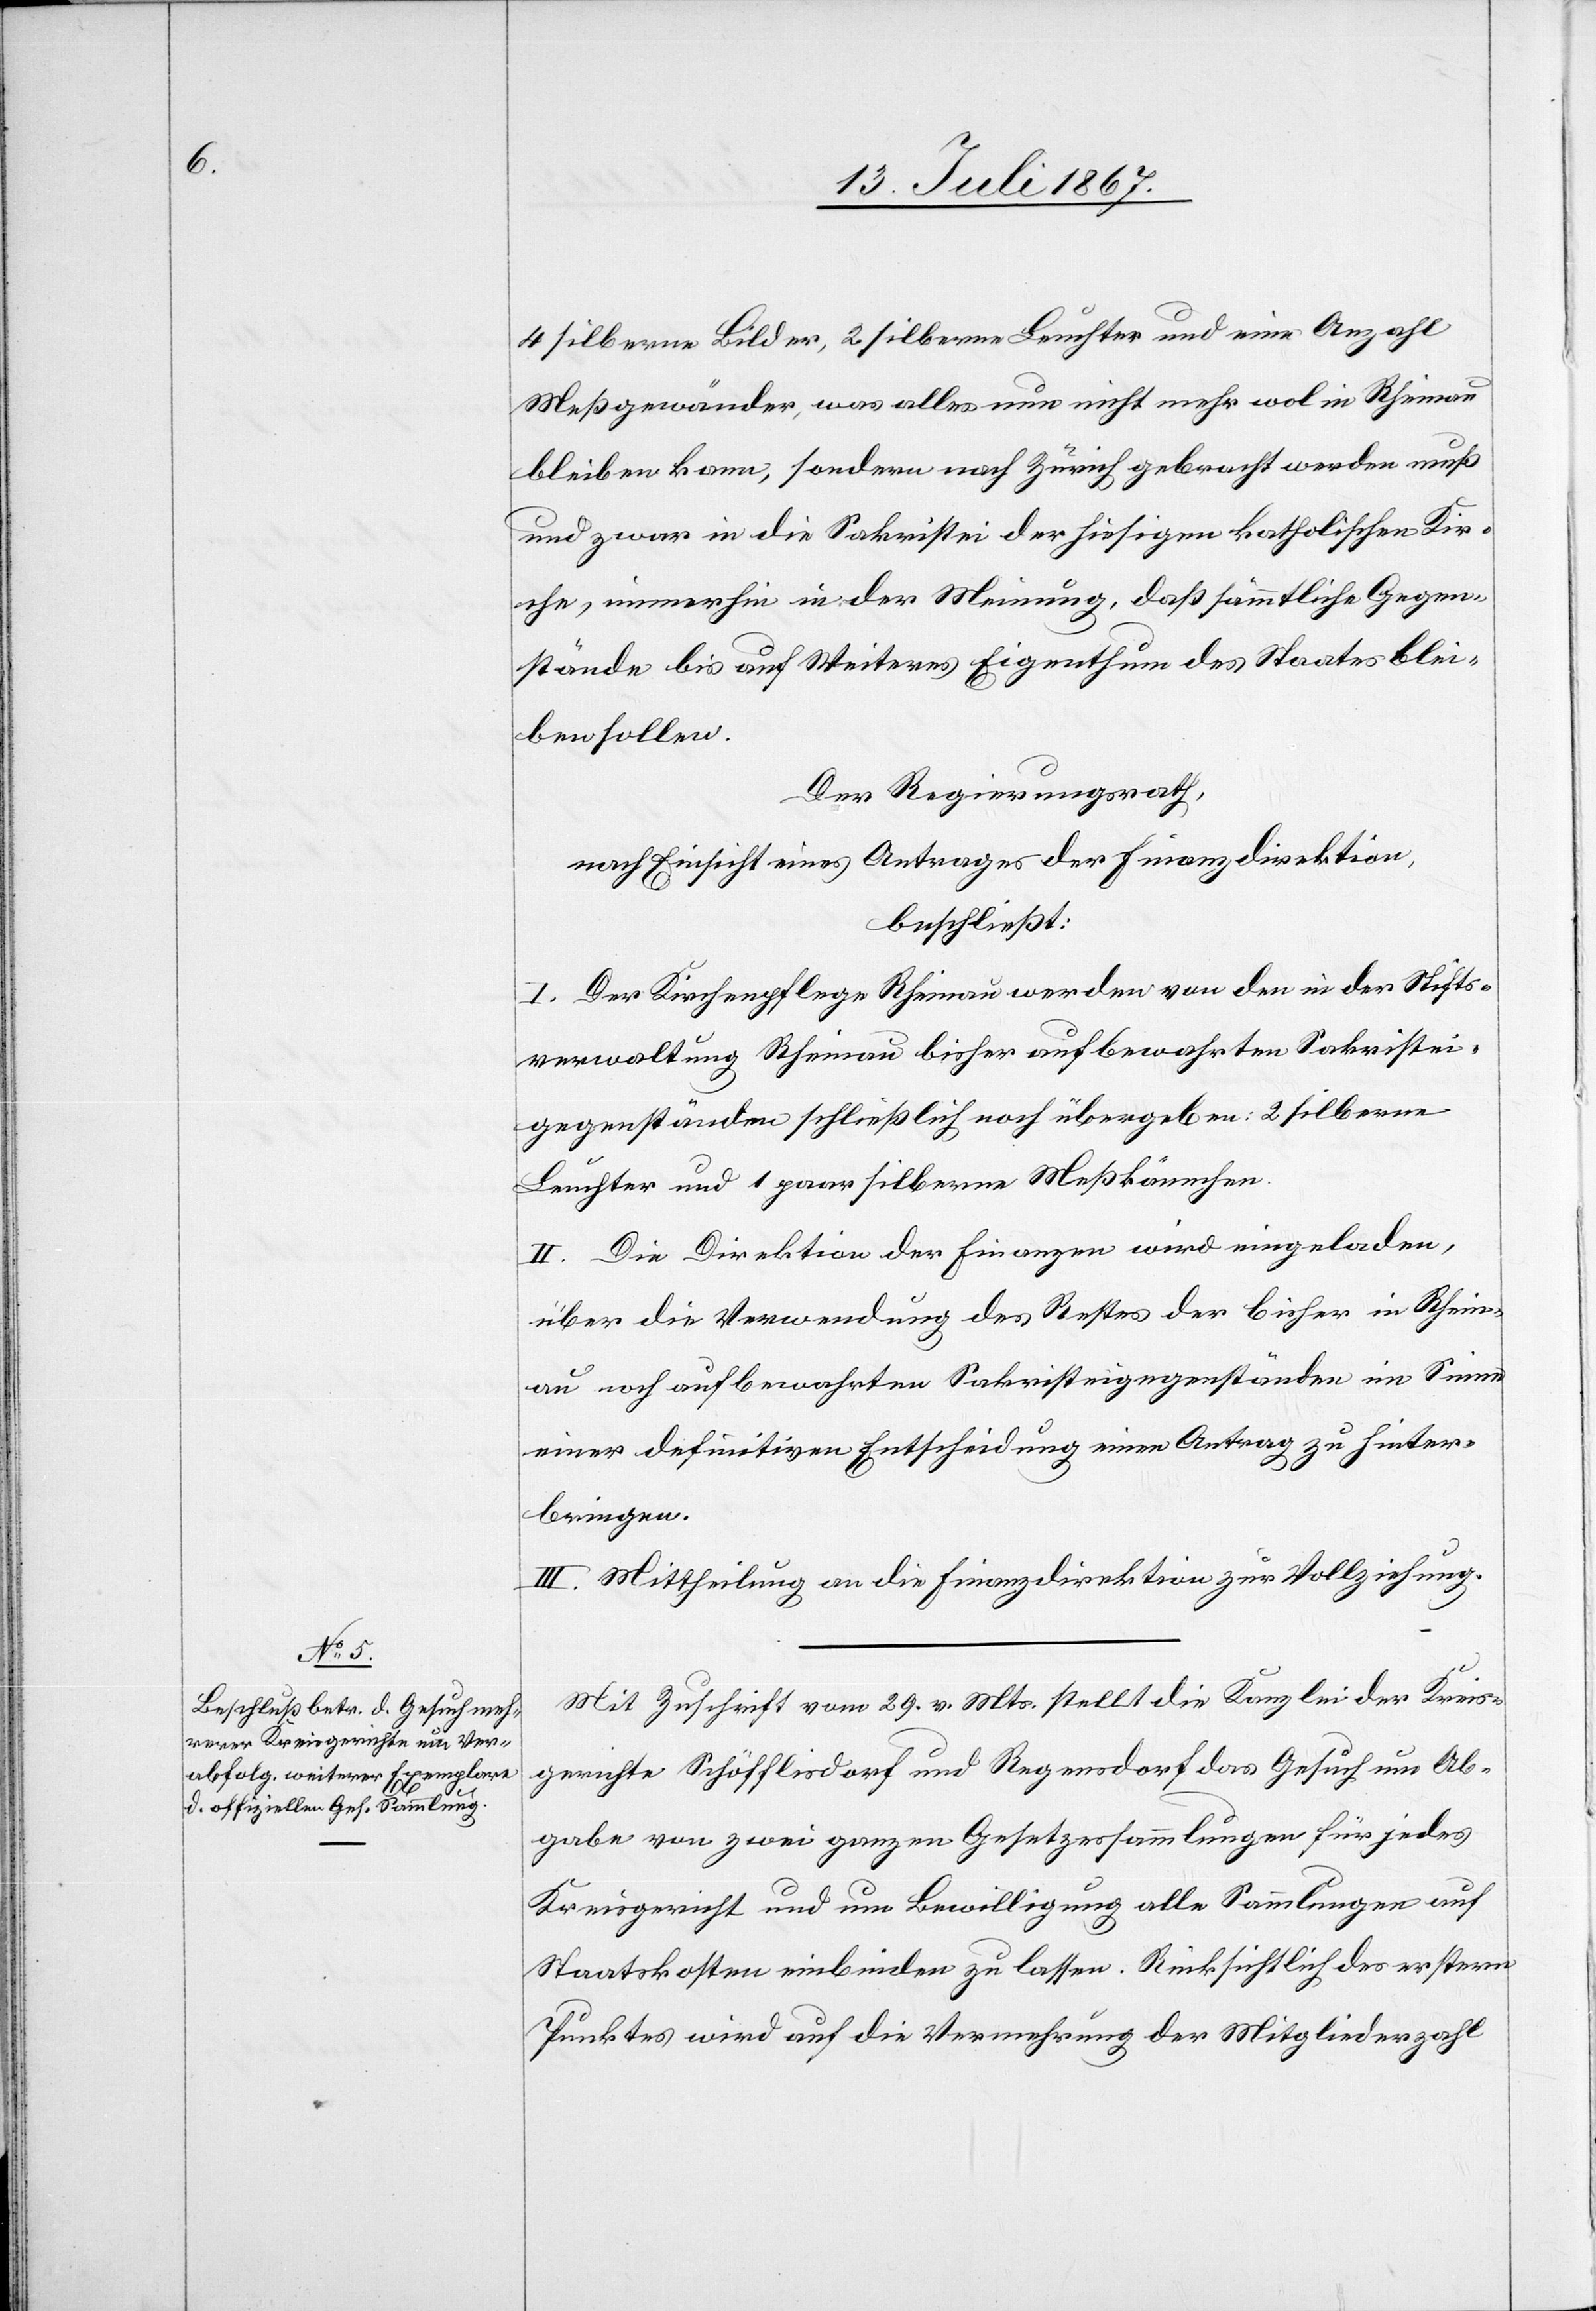
4 silberne Bilder, 2 silberne Leuchter und eine Anzahl
Meßgewänder, was alles nun nicht mehr wol in Rheinau
bleiben kann, sondern nach Zürich gebracht werden muß
und zwar in die Sakristei der hiesigen katholischen Kir¬
che, immerhin in der Meinung, daß sämmtliche Gegen¬
stände bis auf Weiteres Eigenthum des Staates blei¬
ben sollen.
Der Regierungsrath,
nach Einsicht eines Antrages der Finanzdirektion,
beschließt:
I. Der Kirchenpflege Rheinau werden von den in der Stifts¬
verwaltung Rheinau bisher aufbewahrten Sakristei¬
gegenständen schließlich noch übergeben: 2 silberne
Leuchter und 1 paar silberne Meßkännchen.
II. Die Direktion der Finanzen wird eingeladen,
über die Verwendung des Restes der bisher in Rhein¬
au noch aufbewahrten Sakristeigegenstände im Sinne
einer definitiven Entscheidung einen Antrag zu hinter¬
bringen.
III. Mittheilung an die Finanzdirektion zur Vollziehung.
Mit Zuschrift vom 29. v. Mts. stellt die Kanzlei der Kreis¬
gerichte Schöfflisdorf und Regensdorf das Gesuch um Ab¬
gabe von zwei ganzen Gesetzessammlungen für jedes
Kreisgericht und um Bewilligung alle Sammlungen auf
Staatskosten einbinden zu lassen. Rücksichtlich der erstern
Punktes wird auf die Vermehrung der Mitgliederzahl